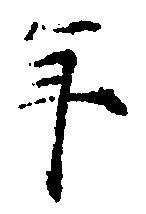
年